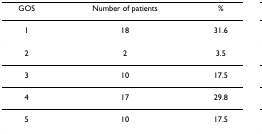
| GOS | Number of patients | % |
 | --- | --- | --- |
 | 1 | 18 | 31.6 |
 | 2 | 2 | 3.5 |
 | 3 | 10 | 17.5 |
 | 4 | 17 | 29.8 |
 | 5 | 10 | 17.5 |